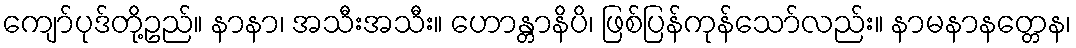
ကျော်ပုဒ်တို့ဥည်။ နာနာ၊ အသီးအသီး။ ဟောန္တာနိပိ၊ ဖြစ်ပြန်ကုန်သော်လည်း။ နာမနာနတ္တေန၊